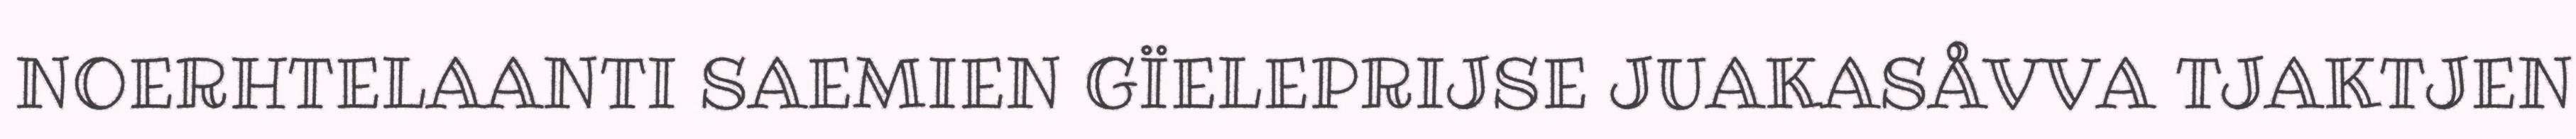
NOERHTELAANTI SAEMIEN GÏELEPRIJSE JUAKASÅVVA TJAKTJEN